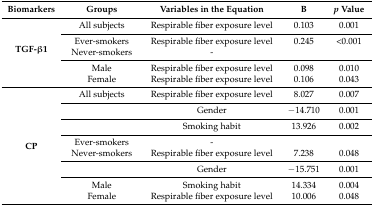
<table><thead><tr><td><b>Biomarkers</b></td><td><b>Groups</b></td><td><b>Variables in the Equation</b></td><td><b>B</b></td><td><b><i>p</i> Value</b></td></tr></thead><tbody><tr><td rowspan="5"><b>TGF-β1</b></td><td>All subjects</td><td>Respirable fiber exposure level</td><td>0.103</td><td>0.001</td></tr><tr><td>Ever-smokers</td><td>Respirable fiber exposure level</td><td>0.245</td><td>&lt;0.001</td></tr><tr><td>Never-smokers</td><td>-</td><td></td><td></td></tr><tr><td>Male</td><td>Respirable fiber exposure level</td><td>0.098</td><td>0.010</td></tr><tr><td>Female</td><td>Respirable fiber exposure level</td><td>0.106</td><td>0.043</td></tr><tr><td rowspan="8"><b>CP</b></td><td>All subjects</td><td>Respirable fiber exposure level</td><td>8.027</td><td>0.007</td></tr><tr><td></td><td>Gender</td><td>−14.710</td><td>0.001</td></tr><tr><td></td><td>Smoking habit</td><td>13.926</td><td>0.002</td></tr><tr><td>Ever-smokers</td><td>-</td><td></td><td></td></tr><tr><td>Never-smokers</td><td>Respirable fiber exposure level</td><td>7.238</td><td>0.048</td></tr><tr><td></td><td>Gender</td><td>−15.751</td><td>0.001</td></tr><tr><td>Male</td><td>Smoking habit</td><td>14.334</td><td>0.004</td></tr><tr><td>Female</td><td>Respirable fiber exposure level</td><td>10.006</td><td>0.048</td></tr></tbody></table>